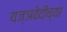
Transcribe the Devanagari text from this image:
यज्ञवेदीच्या